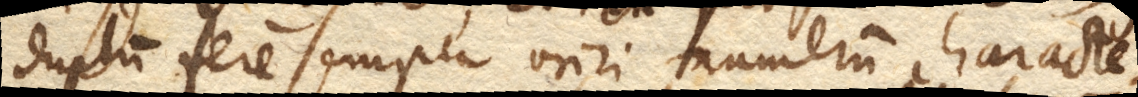
duplum fere semper oriri numerum characte–